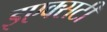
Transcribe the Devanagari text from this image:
इएक्सटी